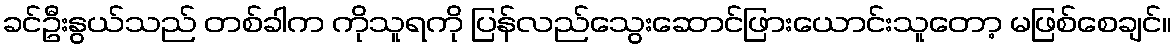
ခင်ဦးနွယ်သည် တစ်ခါက ကိုသူရကို ပြန်လည်သွေးဆောင်ဖြားယောင်းသူတော့ မဖြစ်စေချင်။